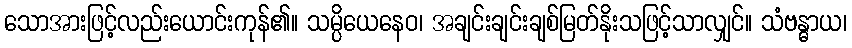
သောအားဖြင့်လည်းယောင်းကုန်၏။ သမ္ပိယေနေဝ၊ အချင်းချင်းချစ်မြတ်နိုးသဖြင့်သာလျှင်။ သံဗန္ဓာယ၊